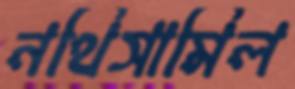
নথিসামিল